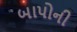
બાપોની